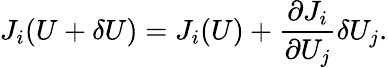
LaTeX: J_{i}(U+\delta U)=J_{i}(U)+\frac{\partial J_{i}}{\partial U_{j}}\delta U_{j}.